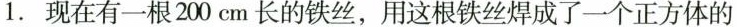
1.现在有一根200cm长的铁丝，用这根铁丝焊成了一个正方体的